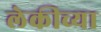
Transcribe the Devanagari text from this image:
लेकीच्या